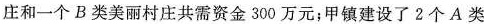
庄和一个B类美丽村庄共需资金300万元；甲镇建设了2个A类